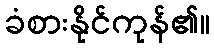
ခံစားနိုင်ကုန်၏။